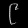
Digit: ၉